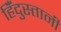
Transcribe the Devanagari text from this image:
हिँदुस्तानी